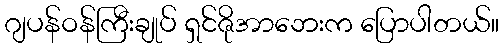
ဂျပန်ဝန်ကြီးချုပ် ရှင်ဇိုအာဘေးက ပြောပါတယ်။